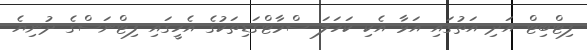
ފިޓްބިޓް އަދި އަތުގައި އަޅާ އެކި ކަހަލަ ސްމާޓްގަޑިތަކުގެ އެހީގައި ފިޓްނަސްގެ ދުނިޔެ